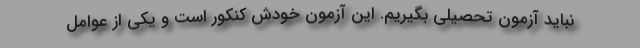
نباید آزمون تحصیلی بگیریم. این آزمون خودش کنکور است و یکی از عوامل